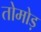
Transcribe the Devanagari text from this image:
तोमोड़